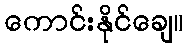
ကောင်းနိုင်ချေ။